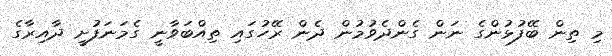
މި ތިން ބޭފުޅުންގެ ނަން ގެންދެވުމުން ދެން ރޭހުގައި ތިއްބަވާނީ ގެމަނަފުށީ ދާއިރާގެ